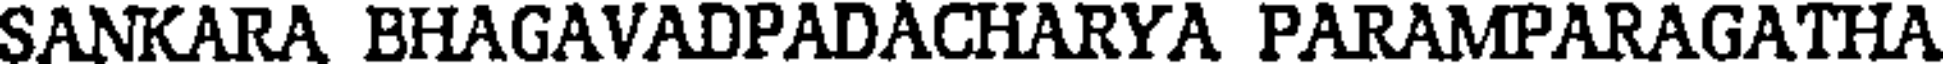
SANKARA BHAGAVADPADACHARYA PARAMPARAGATHA